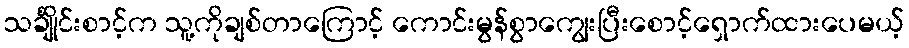
သင်္ချိုင်းစာင့်က သူ့ကိုချစ်တာကြောင့် ကောင်းမွန်စွာကျွေးပြီးစောင့်ရှောက်ထားပေမယ့်